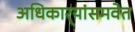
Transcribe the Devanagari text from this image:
अधिकार्‍यांसमवेत